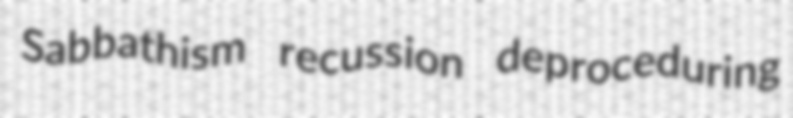
Sabbathism recussion deproceduring